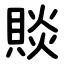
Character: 賧